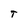
Character: T